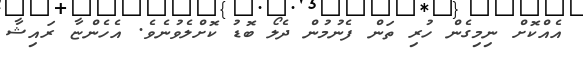
އެއްކޮށް ނިމިގެން ހުރި ތަން ފެނުމުން ދެލޯ ބޮޑު ކޮށްލެވުނެވެ. އެހެންޏާ ރައިޝާ